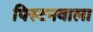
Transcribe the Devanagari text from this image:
पिस्टनवाला